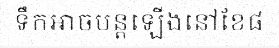
ទឹកអាចបន្តឡើងនៅខែ៨